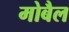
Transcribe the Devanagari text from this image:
मोबैल